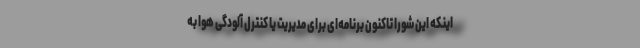
اینکه این شورا تاکنون برنامه‌ای برای مدیریت یا کنترل آلودگی هوا به